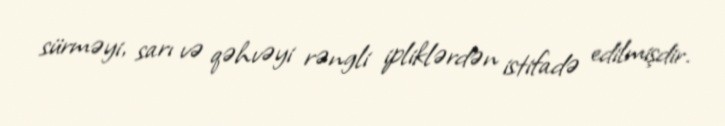
sürməyi, sarı və qəhvəyi rəngli ipliklərdən istifadə edilmişdir.